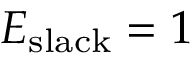
E _ { \mathrm { s l a c k } } = 1